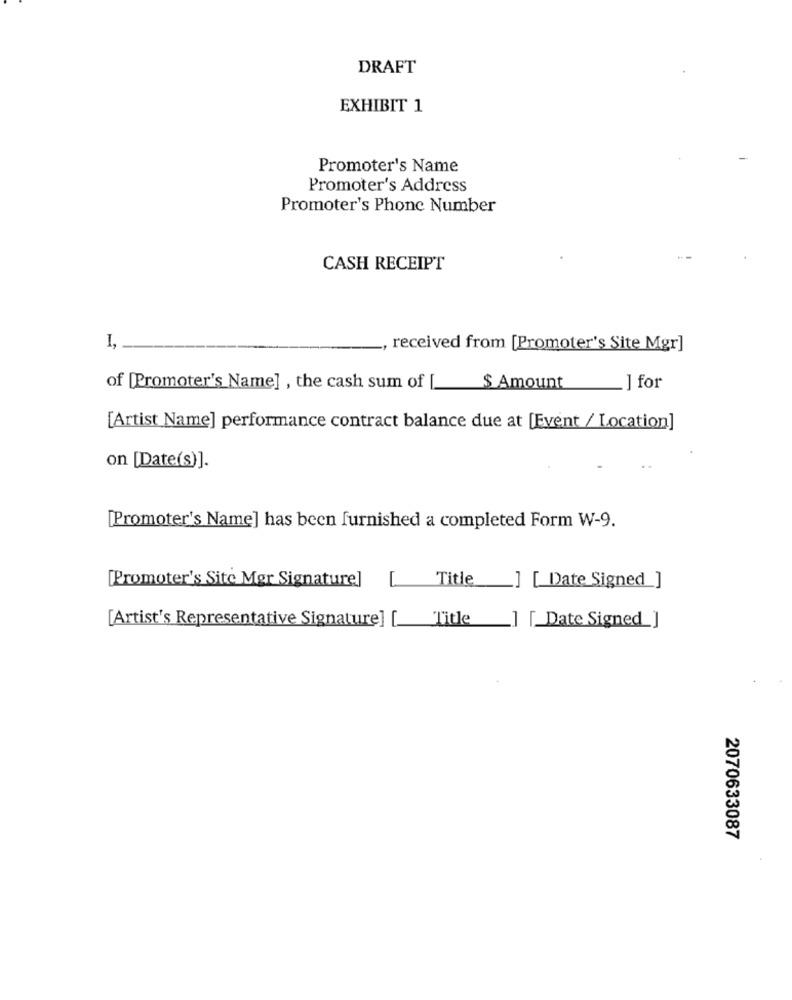
DRAFT
EXHIBIT 1
Promoter's Name
Promoter's Address
Promoter's Phone Number
CASH RECEIPT
I,
received from [Promoter's Site Mgr]
of [Promoter's Name] , the cash sum of [
$ Amount
] for
[Artist Name] performance contract balance due at [Event / Location]
on [Date(s)].
[Promoter's Name] has been furnished a completed Form W-9.
[Promoter's Site Mør Signature]
Title
[ Date Signed ]
[Artist's Representative Signature]
Title
.] [_Date Signed_]
2070633087